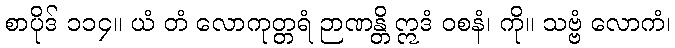
စာပိုဒ် ၁၁၄။ ယံ တံ လောကုတ္တရံ ဉာဏန္တိ ဣဒံ ဝစနံ၊ ကို။ သဗ္ဗံ လောကံ၊